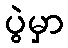
ပွဲမှာ